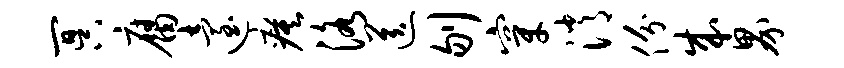
冥腐迨瘼洛送刎穿消份成界